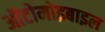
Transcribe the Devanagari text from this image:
ऑटोमोइबाइल